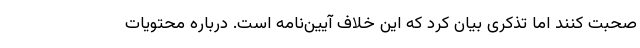
صحبت کنند اما تذکری بیان کرد که این خلاف آیین‌نامه است. درباره محتویات